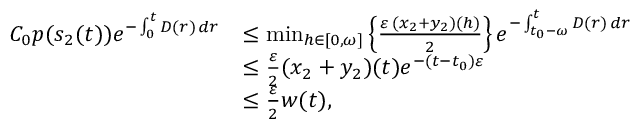
\begin{array} { r l } { C _ { 0 } p ( s _ { 2 } ( t ) ) e ^ { - \int _ { 0 } ^ { t } D ( r ) \, d r } } & { \leq \operatorname* { m i n } _ { h \in [ 0 , \omega ] } \left\{ \frac { \varepsilon \, ( x _ { 2 } + y _ { 2 } ) ( h ) } { 2 } \right\} e ^ { - \int _ { t _ { 0 } - \omega } ^ { t } D ( r ) \, d r } } \\ & { \leq \frac { \varepsilon } { 2 } ( x _ { 2 } + y _ { 2 } ) ( t ) e ^ { - ( t - t _ { 0 } ) \varepsilon } } \\ & { \leq \frac { \varepsilon } { 2 } w ( t ) , } \end{array}